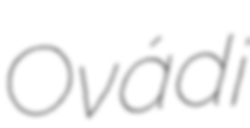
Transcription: Ovádi